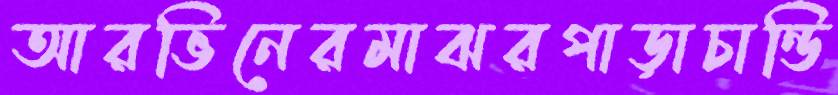
আরভিনেরমাঝরপাড়াচান্ডি